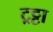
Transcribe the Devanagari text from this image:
ट्रट्टा